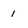
Character: 1